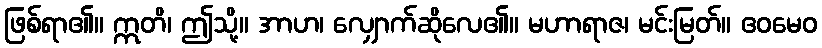
ဖြစ်ရာ၏။ ဣတိ၊ ဤသို့။ အာဟ၊ လျှောက်ဆိုလေ၏။ မဟာရာဇ၊ မင်းမြတ်။ ဧဝမေဝ